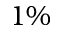
1 \%